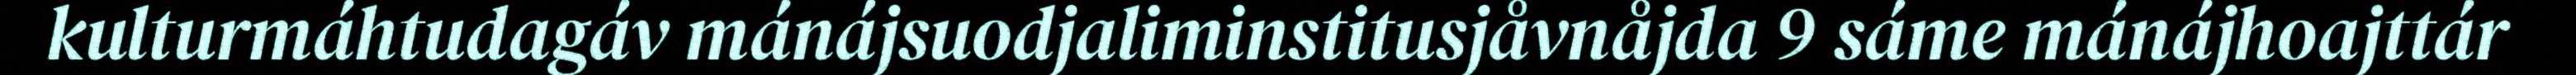
kulturmáhtudagáv mánájsuodjaliminstitusjåvnåjda 9 sáme mánájhoajttár